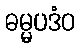
ဓမ္မပဒံဝ